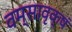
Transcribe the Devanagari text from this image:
वम्सावृक्षं